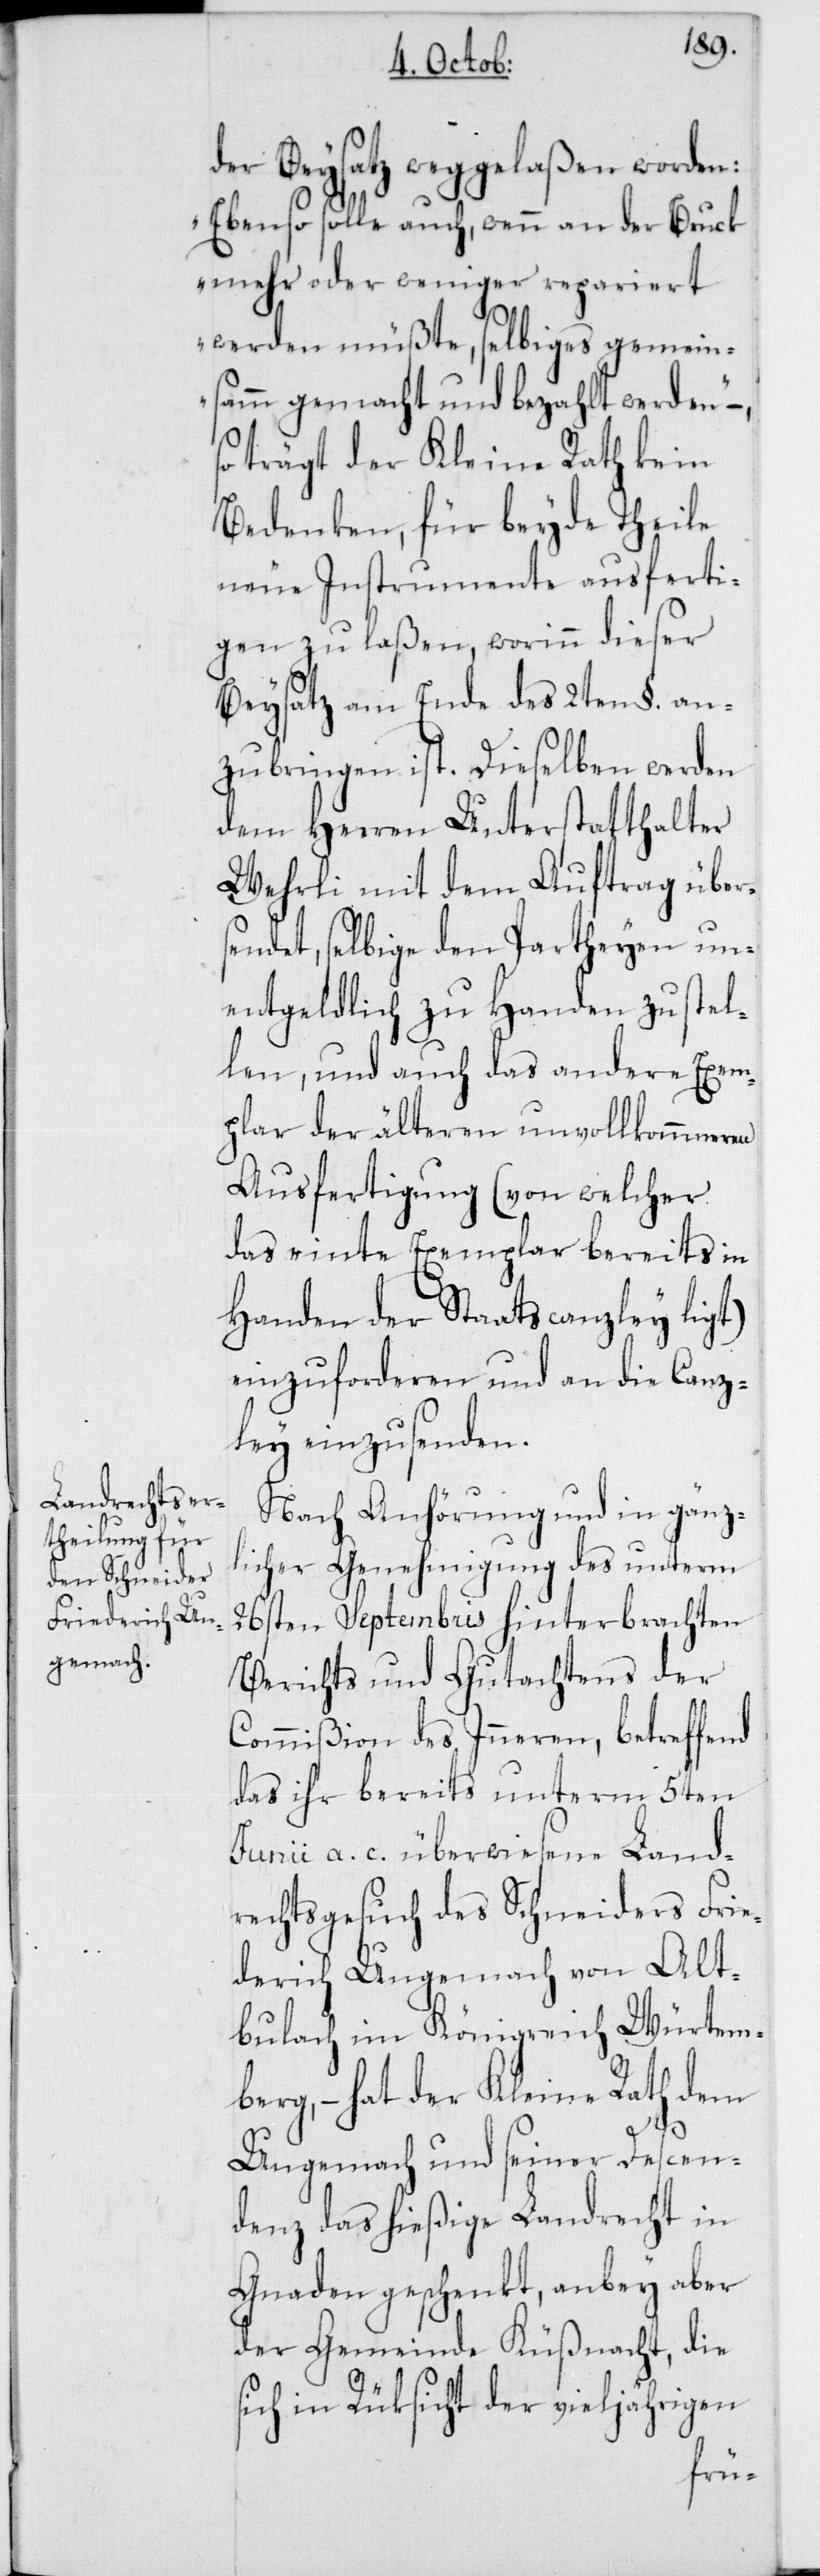
der Beysatz weggelaßen worden:
„Ebenso solle auch, wenn an der Bruck
mehr oder weniger repariert
werden müßte, selbiges gemein¬
samm gemacht und bezahlt werden“
trägt der Kleine Rath kein
Bedenken, für beyde Theile
neue Instrumente ausferti¬
gen zu laßen, worinn dieser
Beysatz am Ende des 2ten §. an¬
zubringen ist. Dieselben werden
dem Herren Unterstatthalter
Wehrli mit dem Auftrag über¬
sendet, selbige den Partheyen un¬
entgeldlich zu Handen zu stel¬
len, und auch das andere Exem¬
plar der älteren unvollkommeneren
Ausfertigung (von welcher
das einte Exemplar bereits in
Handen der Staatscanzley ligt)
einzuforderen und an die Canz¬
ley einzusenden.
Nach Anhörung und in gänz¬
licher Genehmigung des unterm
26sten Septembris hinterbrachten
Berichts und Gutachtens der
Commißion des Inneren, betreffend
das ihr bereits unterm 5ten
Junii a. c. überwiesene Land¬
rechtsgesuch des Schneiders Frie¬
derich Ungemach von Alt¬
bulach im Königreich Würtem¬
berg, – hat der Kleine Rath dem
Ungemach und seiner Descen¬
denz das hießige Landrecht in
Gnaden geschenkt, anbey aber
der Gemeinde Küßnacht, die
sich in Rücksicht der vieljährigen